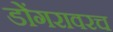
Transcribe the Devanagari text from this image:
डोंगरावरच